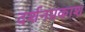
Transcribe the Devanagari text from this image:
दर्शनप्रकाश